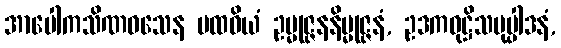
အာပေါကသိဏဝသေန ပထဝိယံ ဥမ္မုဇ္ဇနနိမ္မုဇ္ဇနံ, ဥဒကဝုဋ္ဌိသမုပ္ပါဒနံ,